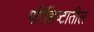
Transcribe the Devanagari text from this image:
परिशिष्टातील